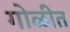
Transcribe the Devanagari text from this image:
गोळीत